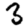
Digit: 3